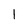
Character: 1